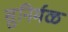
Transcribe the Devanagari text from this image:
सुनिर्मळ